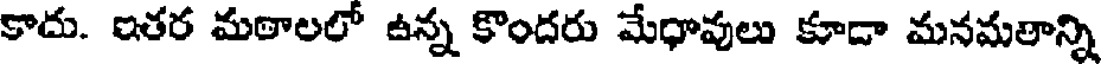
కాదు. ఇతర మఠాలలో ఉన్న కొందరు మేధావులు కూడా మనమతాన్ని